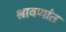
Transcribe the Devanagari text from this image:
श्रावणांत